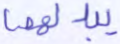
يبدلهما